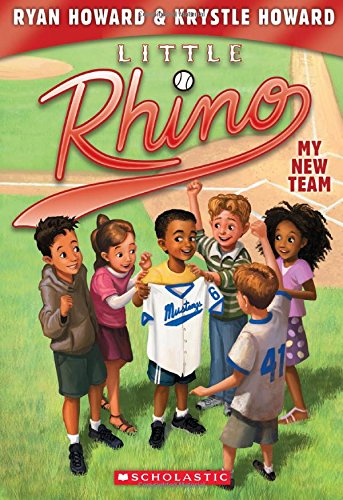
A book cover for Little Rhino #1: My New Team; Ryan Howard; Children's Books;